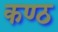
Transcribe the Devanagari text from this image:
कण्‍ठ